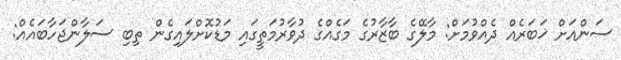
ސަންއަށް ޚަބަރެއް ދެއްވުމަށް: މާލޭގެ ބާޒާރުގެ މަގެއްގެ ދުވާރުމަތީގައި މަޑުކޮށްލައިގެން ތިބި ސަލާންޖަހާބައެއް: